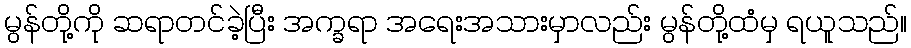
မွန်တို့ကို ဆရာတင်ခဲ့ပြီး အက္ခရာ အရေးအသားမှာလည်း မွန်တို့ထံမှ ရယူသည်။